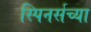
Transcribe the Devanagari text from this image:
स्पिनर्सच्या